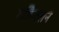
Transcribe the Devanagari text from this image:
डफ्रैिक्शन